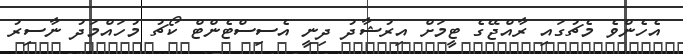
އެހެންވެ މެޗުގައި ރާއްޖޭގެ ޓީމަށް އިރުޝާދު ދިނީ އެސިސްޓެންޓް ކޯޗު މުހައްމަދު ނާސިރު